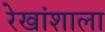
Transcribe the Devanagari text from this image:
रेखांशाला